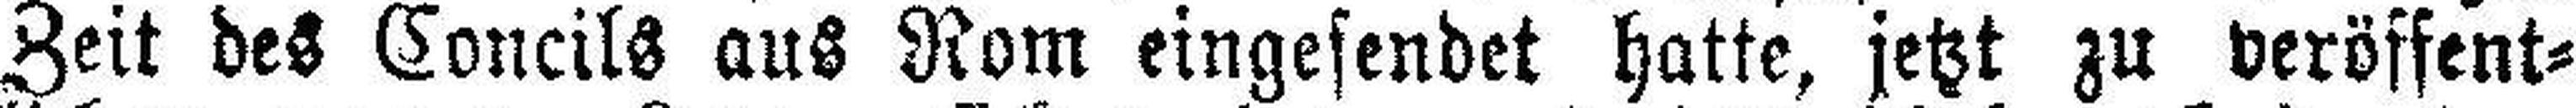
Zeit des Concils aus Rom eingesendet hatte, jetzt zu veröffent¬